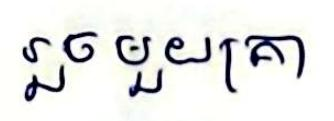
រួចមួយគ្រា